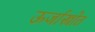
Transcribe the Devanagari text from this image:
ऊर्जास्त्रोत